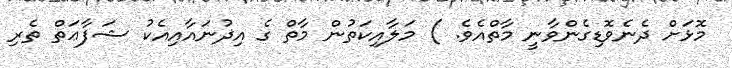
މޮޅަށް ދެނެވޮޑިގެންވާނީ މާތްއެވެ. ) މަލާއިކަތުން މާތް ގެ އިޛުނައާއިއެކު ޝަފާޢަތް ތެރި